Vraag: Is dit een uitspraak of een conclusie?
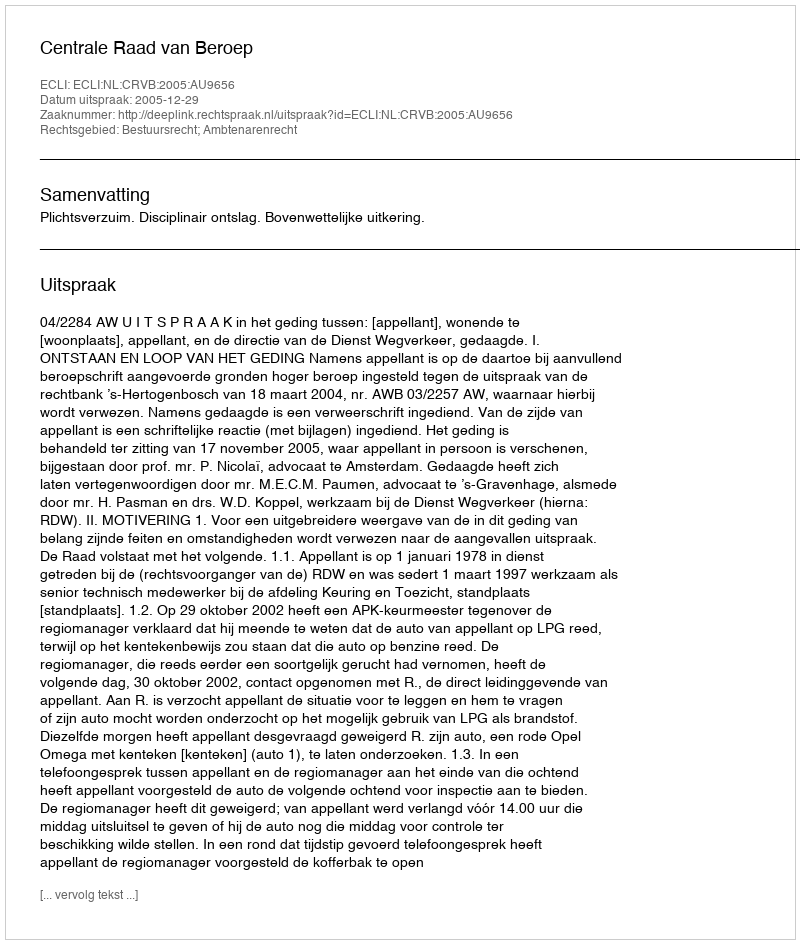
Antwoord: Uitspraak